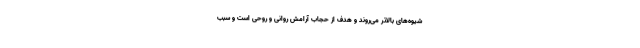
شیوه‌های بالاتر می‌روند و هدف از حجاب آرامش روانی و روحی است و سبب